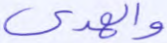
والهدى